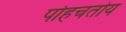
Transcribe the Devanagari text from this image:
पोहचतोय